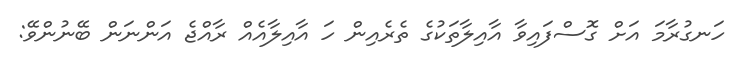
ހަނގުރާމަ އަށް ގޮސްފައިވާ އާއިލާތަކުގެ ތެރެއިން ހަ އާއިލާއެއް ރާއްޖެ އަންނަން ބޭނުންވޭ: